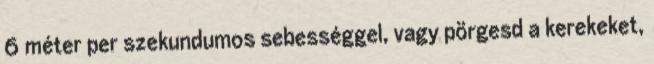
6 méter per szekundumos sebességgel, vagy pörgesd a kerekeket,